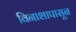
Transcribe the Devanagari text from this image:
विनाशापासून